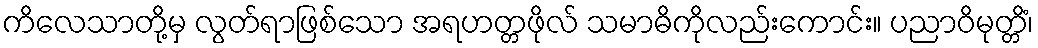
ကိလေသာတို့မှ လွတ်ရာဖြစ်သော အရဟတ္တဖိုလ် သမာဓိကိုလည်းကောင်း။ ပညာဝိမုတ္တိံ၊